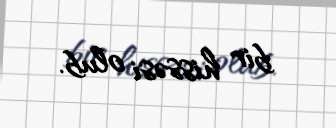
bir hissəsi olub.